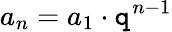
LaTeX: a_{n}=a_{1}\cdot\mathtt{q}^{n-1}